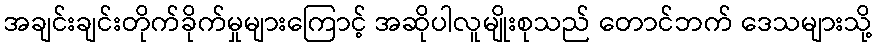
အချင်းချင်းတိုက်ခိုက်မှုများကြောင့် အဆိုပါလူမျိုးစုသည် တောင်ဘက် ဒေသများသို့